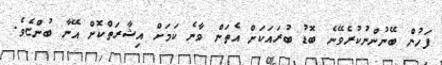
ފަހުން ބޭނުންނުކުރެވޭނެ ބޮޑު ބުރައަކަށް އެތަން ވާނެ ކަމަށް އިޝާރަތްކޮށް އޭނާ ބުންޏެވެ.